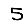
Digit: 5